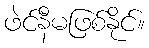
ဖဲင်နီမဖြစ်နိုင်။